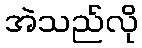
အဲသည်လို